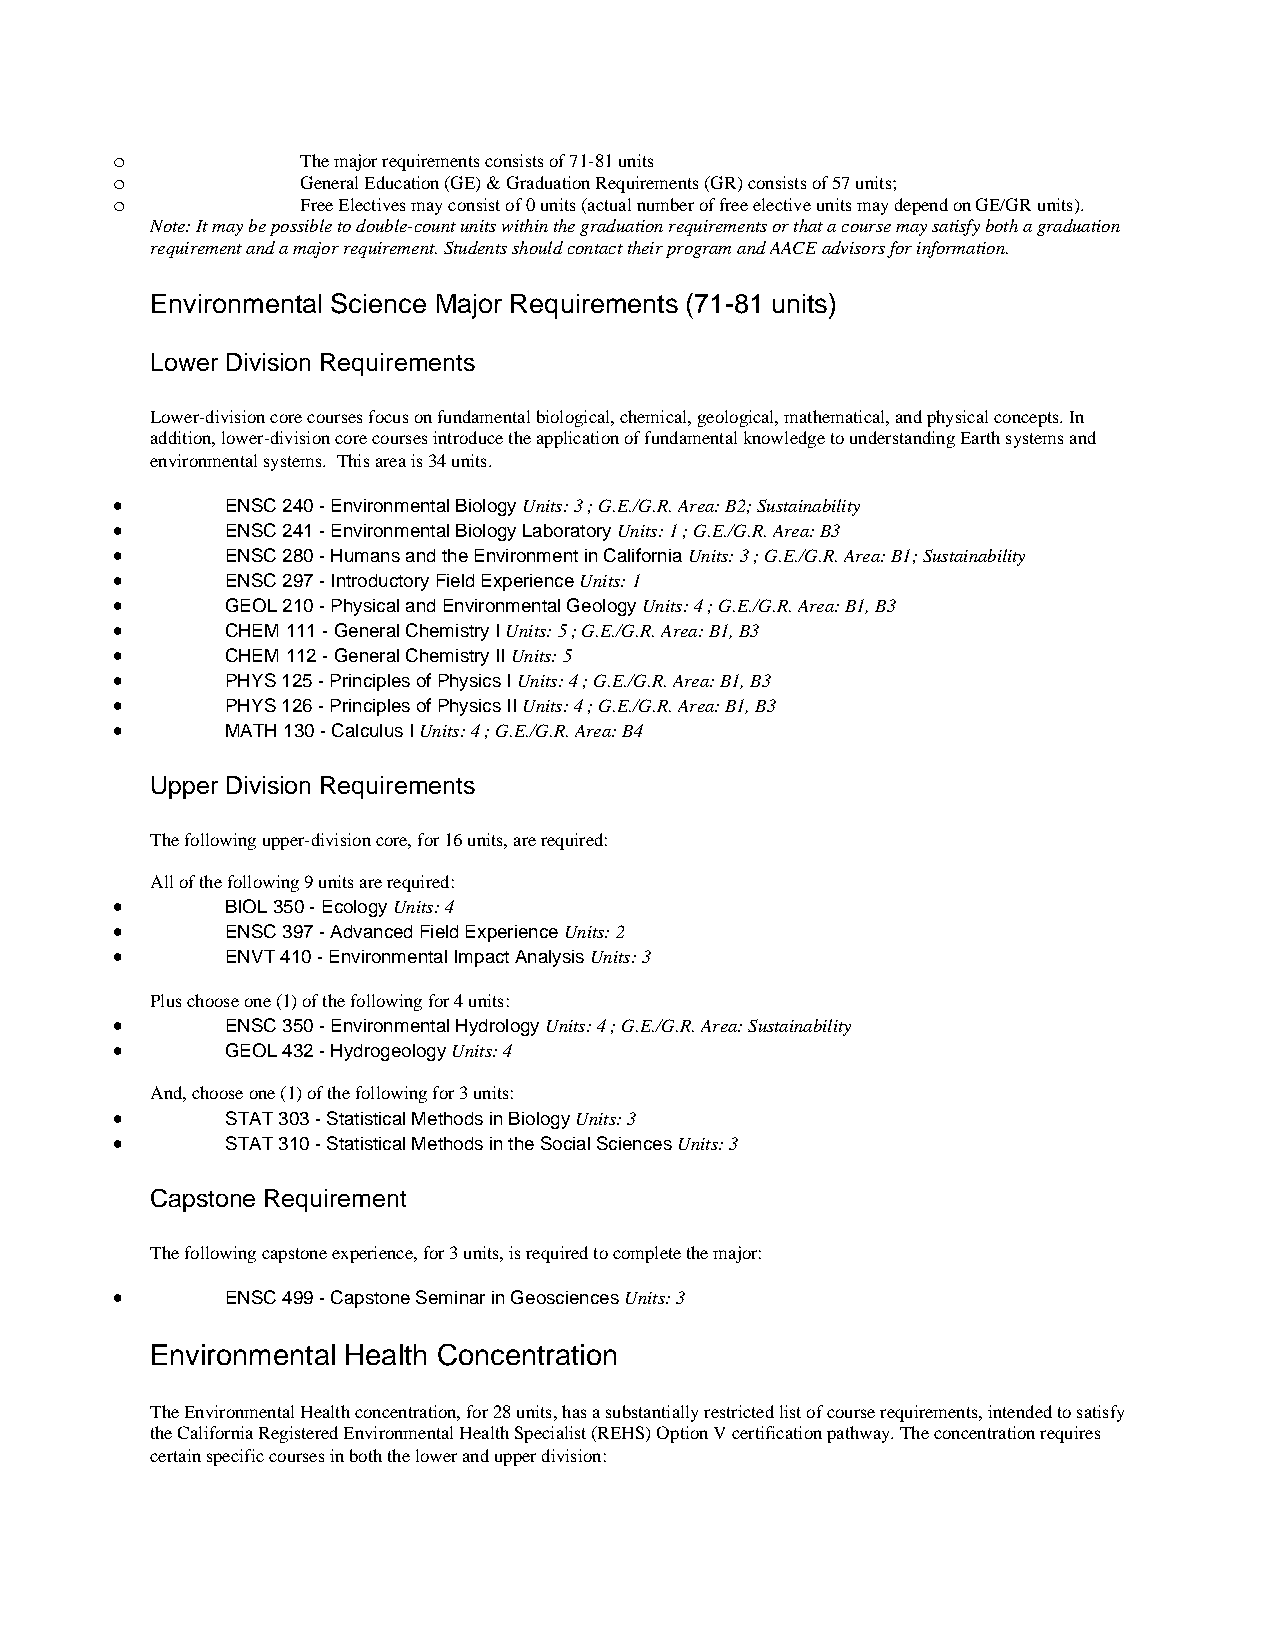
o            The major requirements consists of 71-81 units
 o            General Education (GE) & Graduation Requirements (GR) consists of 57 units;
 o            Free Electives may consist of 0 units (actual number of free elective units may depend on GE/GR units).
 Note: It may be possible to double-count units within the graduation requirements or that a course may satisfy both a graduation
 requirement and a major requirement. Students should contact their program and AACE advisors for information.
 Environmental Science Major Requirements (71-81 units)
 Lower Division Requirements
 Lower-division core courses focus on fundamental biological, chemical, geological, mathematical, and physical concepts. In
 addition, lower-division core courses introduce the application of fundamental knowledge to understanding Earth systems and
 environmental systems. This area is 34 units.
 •       ENSC 240 - Environmental Biology Units: 3 ; G.E./G.R. Area: B2; Sustainability
 •       ENSC 241 - Environmental Biology Laboratory Units: 1 ; G.E./G.R. Area: B3
 •       ENSC 280 - Humans and the Environment in California Units: 3 ; G.E./G.R. Area: B1; Sustainability
 •       ENSC 297 - Introductory Field Experience Units: 1
 •       GEOL 210 - Physical and Environmental Geology Units: 4 ; G.E./G.R. Area: B1, B3
 •       CHEM 111 - General Chemistry I Units: 5 ; G.E./G.R. Area: B1, B3
 •       CHEM 112 - General Chemistry II Units: 5
 •       PHYS 125 - Principles of Physics I Units: 4 ; G.E./G.R. Area: B1, B3
 •       PHYS 126 - Principles of Physics II Units: 4 ; G.E./G.R. Area: B1, B3
 •       MATH 130 - Calculus I Units: 4 ; G.E./G.R. Area: B4
 Upper Division Requirements
 The following upper-division core, for 16 units, are required:
 All of the following 9 units are required:
 •       BIOL 350 - Ecology Units: 4
 •       ENSC 397 - Advanced Field Experience Units: 2
 •       ENVT 410 - Environmental Impact Analysis Units: 3
 Plus choose one (1) of the following for 4 units:
 •       ENSC 350 - Environmental Hydrology Units: 4 ; G.E./G.R. Area: Sustainability
 •       GEOL 432 - Hydrogeology Units: 4
 And, choose one (1) of the following for 3 units:
 •       STAT 303 - Statistical Methods in Biology Units: 3
 •       STAT 310 - Statistical Methods in the Social Sciences Units: 3
 Capstone Requirement
 The following capstone experience, for 3 units, is required to complete the major:
 •       ENSC 499 - Capstone Seminar in Geosciences Units: 3
 Environmental Health Concentration
 The Environmental Health concentration, for 28 units, has a substantially restricted list of course requirements, intended to satisfy
 the California Registered Environmental Health Specialist (REHS) Option V certification pathway. The concentration requires
 certain specific courses in both the lower and upper division: